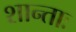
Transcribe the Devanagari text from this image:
शान्ताः